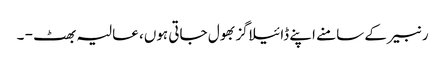
رنبیر کے سامنے اپنے ڈائیلاگز بھول جاتی ہوں، عالیہ بھٹ - ۔